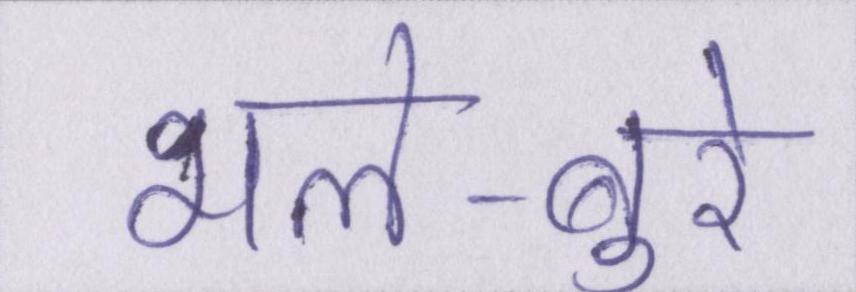
भले-बुरे